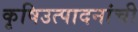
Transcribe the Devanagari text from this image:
कृषिउत्पादनांची